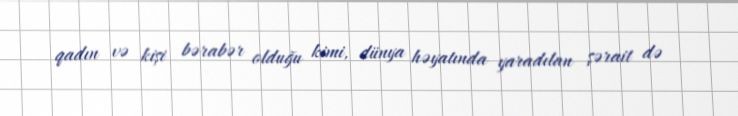
qadın və kişi bərabər olduğu kimi, dünya həyatında yaradılan şərait də